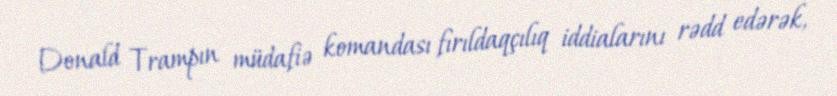
Donald Trampın müdafiə komandası fırıldaqçılıq iddialarını rədd edərək,